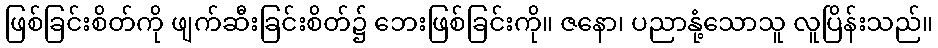
ဖြစ်ခြင်းစိတ်ကို ဖျက်ဆီးခြင်းစိတ်၌ ဘေးဖြစ်ခြင်းကို။ ဇနော၊ ပညာနုံ့သောသူ လူပြိန်းသည်။